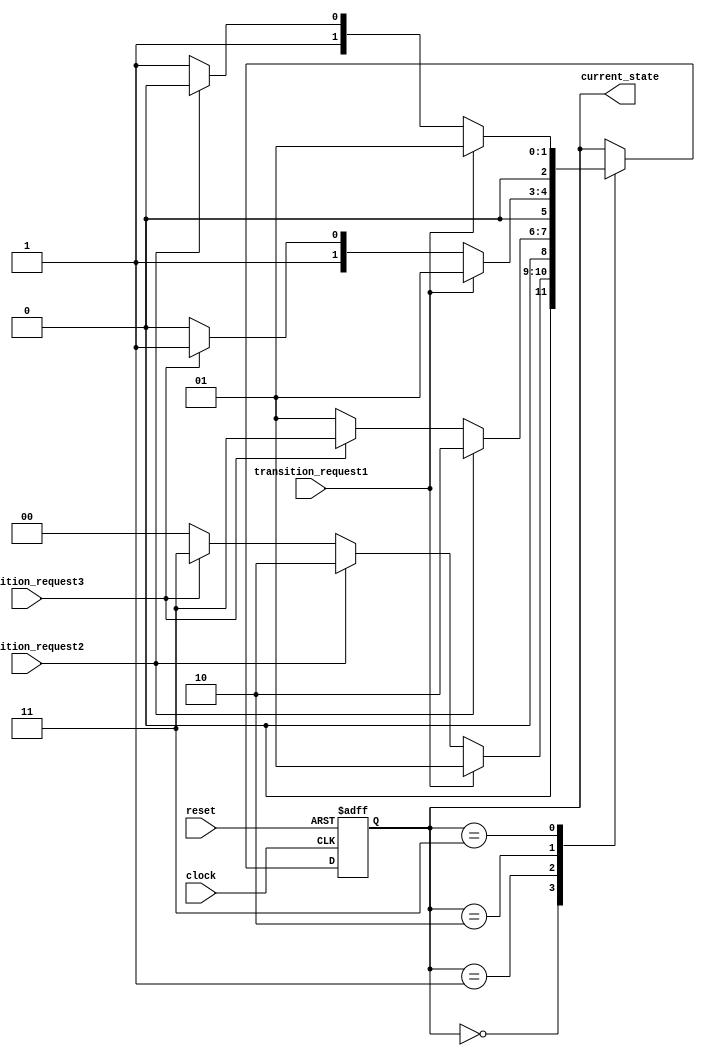
module state_machine(
    input wire clock,
    input wire reset,
    input wire transition_request1,
    input wire transition_request2,
    input wire transition_request3,
    output reg [2:0] current_state
);

parameter state_idle = 3'b000;
parameter state_1 = 3'b001;
parameter state_2 = 3'b010;
parameter state_3 = 3'b011;
parameter state_priority = 3'b100;

always @ (posedge clock or posedge reset) begin
    if(reset) begin
        current_state <= state_idle;
    end else begin
        case(current_state)
            state_idle: begin
                if(transition_request1)
                    current_state <= state_1;
                else if(transition_request2)
                    current_state <= state_2;
                else if(transition_request3)
                    current_state <= state_3;
                else
                    current_state <= state_idle;
            end
            
            state_1: begin
                if(transition_request2)
                    current_state <= state_2;
                else if(transition_request3)
                    current_state <= state_3;
                else
                    current_state <= state_1;
            end
            
            state_2: begin
                if(transition_request1)
                    current_state <= state_1;
                else if(transition_request3)
                    current_state <= state_3;
                else
                    current_state <= state_2;
            end
            
            state_3: begin
                if(transition_request1)
                    current_state <= state_1;
                else if(transition_request2)
                    current_state <= state_2;
                else
                    current_state <= state_3;
            end
            
            state_priority: begin
                // Priority encoding logic here
            end
        endcase
    end
end

endmodule